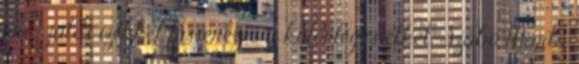
ere- játos ízekkel fűszerezve a különleges étket. Szabó Márta